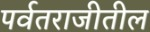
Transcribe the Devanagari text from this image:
पर्वतराजीतील